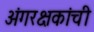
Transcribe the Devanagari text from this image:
अंगरक्षकांची